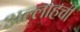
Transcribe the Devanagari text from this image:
अल्लाहची